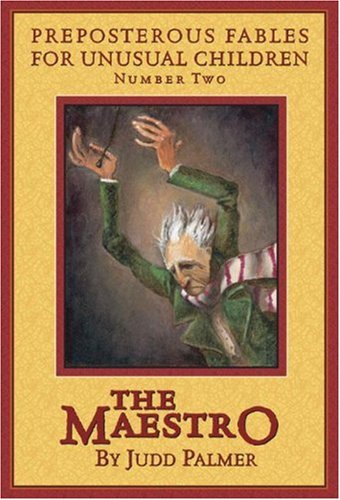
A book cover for The Maestro, Number 2: Preposterous Fables for Unusual Children (Preposterous Tales for Unusual Children); Judd Palmer; Children's Books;